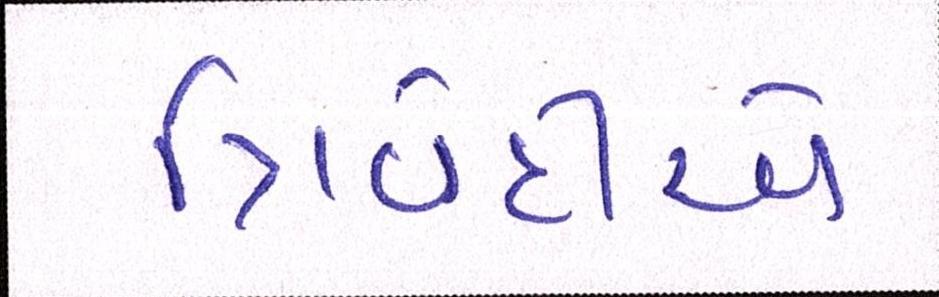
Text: ત્રિવેદીએ